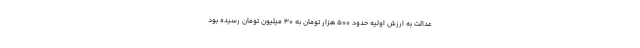
عدالت به ارزش اولیه حدود ۵۰۰ هزار تومان به ۳۰ میلیون تومان رسیده بود